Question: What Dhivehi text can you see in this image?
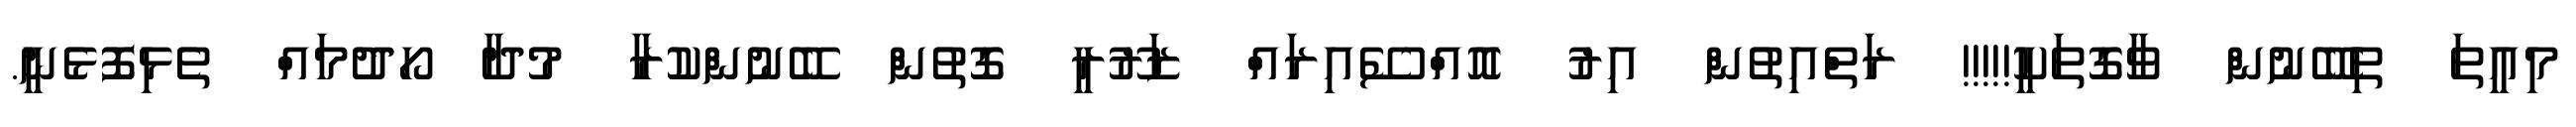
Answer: މިއީތަ ތިބޭނުން ވާގޮތަކީ!!!!! ރަތްއިތުން އިރު އޮއްސޭއިރައް ޒަރޫރީ ގޮތުން ބޭނުންކުރާ މުދާ ހޯދުމައް ތެޅިފޮޅެނީ.